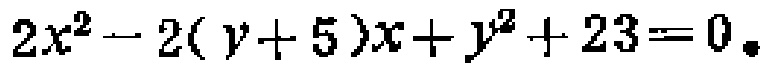
\(2x^{2}-2(y + 5)x + y^{2}+23 = 0\)